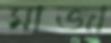
মাজা